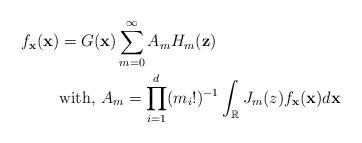
LaTeX: \begin{align*}f_{\mathbf{x}}(\mathbf{x}) &= G(\mathbf{x})\sum_{m=0}^{\infty} A_m H_m(\mathbf{z}) \\& \mbox{with, } A_m = \prod_{i=1}^{d} (m_i!)^{-1} \int_{\mathbb{R^d}} J_m(z)f_\mathbf{x}(\mathbf{x}) d\mathbf{x} \end{align*}